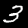
Digit: 3